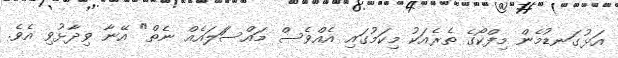
އަޅުގަނޑުމެން މިފްކޯގެ ތެރެއަކު މިކަމުގައި އެއްވެސް މައްސަަލައެއް ނެތް" އޭނާ ވިދާޅުވި އެވެ.